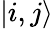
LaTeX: |i,j\rangle